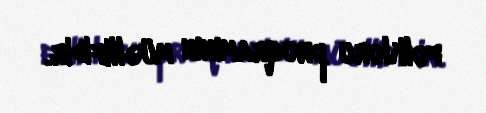
folkloru proqramının müəllifidir.